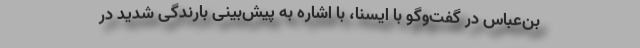
بن‌عباس در گفت‌وگو با ایسنا، با اشاره به پیش‌بینی بارندگی شدید در